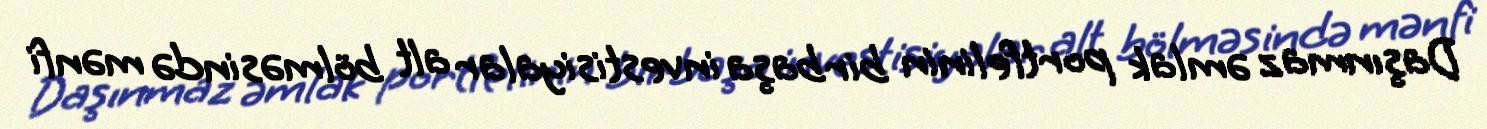
Daşınmaz əmlak portfelinin birbaşa investisiyalar alt bölməsində mənfi